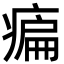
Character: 㾫